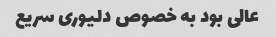
عالی بود به خصوص دلیوری سریع